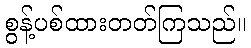
စွန့်ပစ်ထားတတ်ကြသည်။